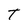
Character: T